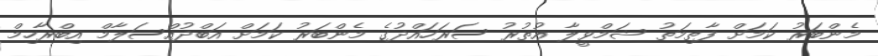
މެންބަރު ކަމަށް ފާތިމަތު ޝަމްވީލާ އުތުރު ސަރަހައްދުގެ މެންބަރު ކަމަށް އަބްދުއްސަލާމް އިބްރާހިމް